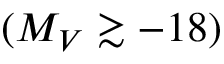
( M _ { V } \gtrsim - 1 8 )